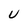
Character: U